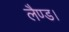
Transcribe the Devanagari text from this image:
लैण्ड।